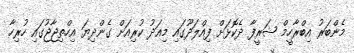
މެންބަރު އިބްރާހީމް ޝަރީފާ ދެކޮޅަށް ފިއްލަދޫގައި މިއަދު ކުރިއަށް ގެންދިޔަ އިހްތިޖާޖުގައި ހުރިހާ